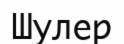
Шулер